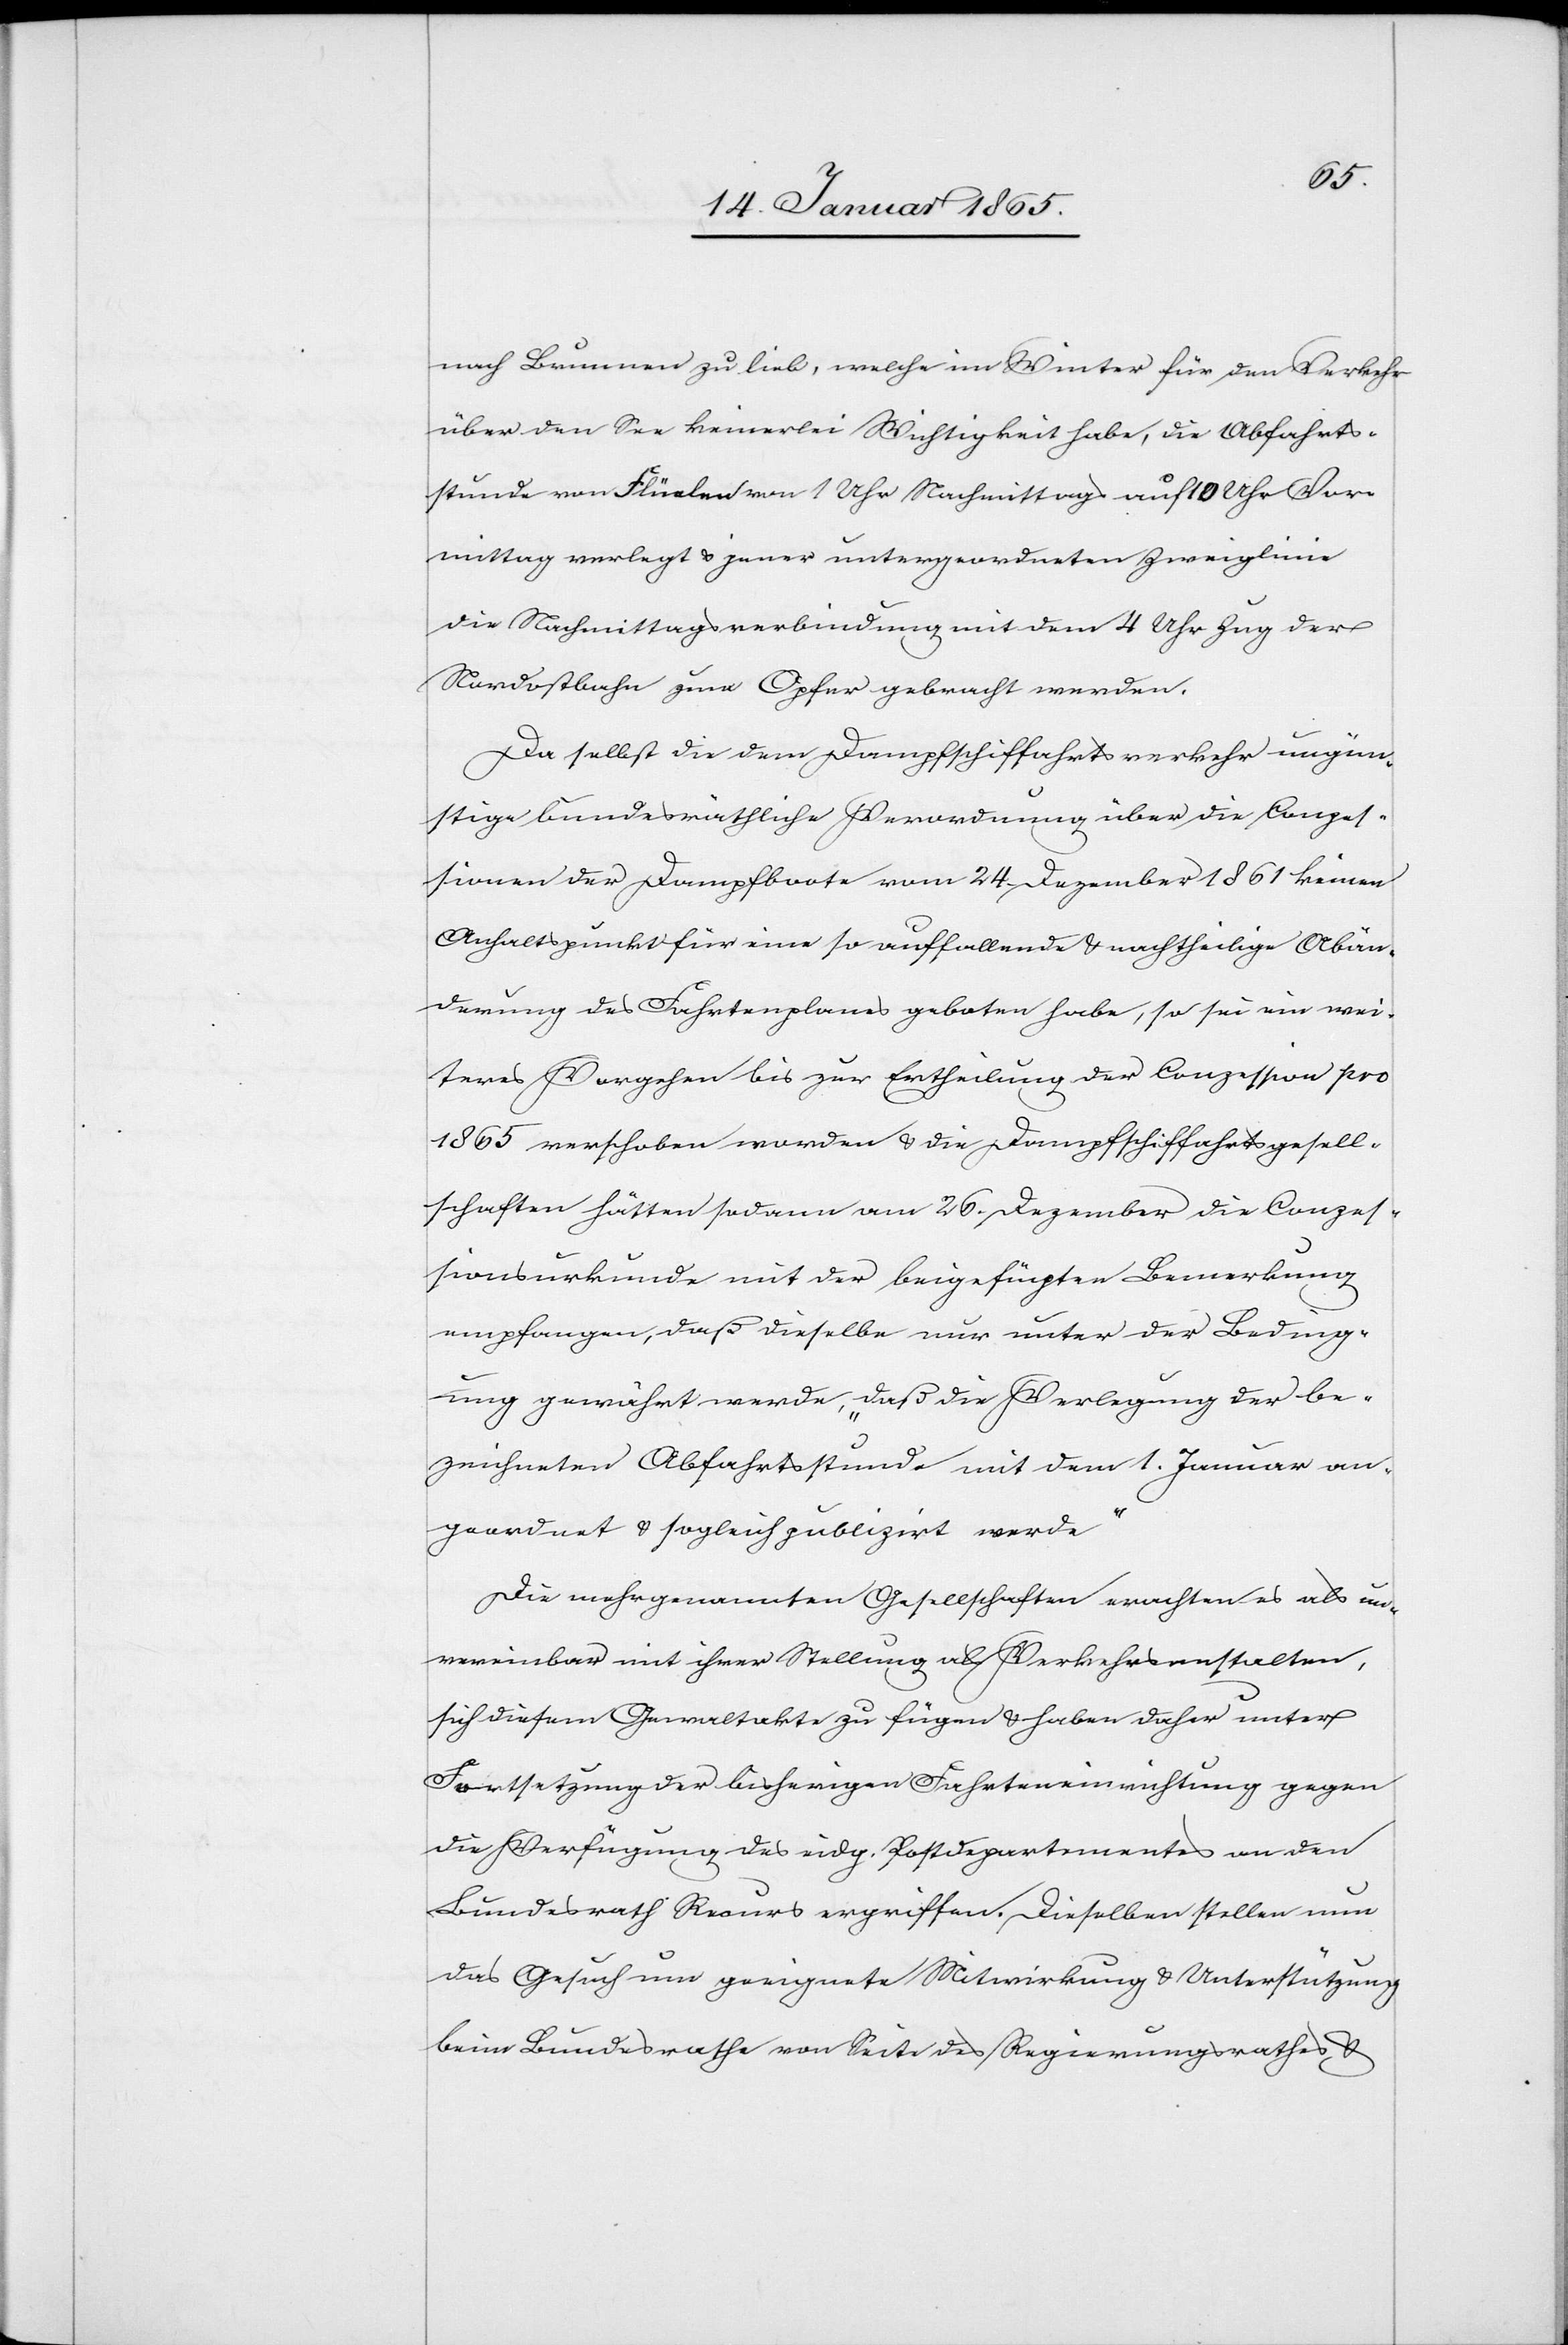
nach Brunnen zu lieb, welche im Winter für den Verkehr
über den See keinerlei Wichtigkeit habe, die Abfahrts¬
stunde von Flüelen von 1 Uhr Nachmittags auf 10 Uhr Vor¬
mittag verlegt u. jener untergeordneten Zweiglinie
die Nachmittagsverbindung mit dem 4 Uhr Zug der
Nordostbahn zum Opfer gebracht werden.
Da selbst die dem Dampfschiffahrtsverkehr ungün¬
stige bundesräthliche Verordnung über die Conzes¬
sionen der Dampfboote vom 24. Dezember 1861 keinen
Anhaltspunkt für eine auffallende u. nachtheilige Abän¬
derung des Fahrtenplanes geboten habe, so sei ein wei¬
teres Vorgehen bis zur Ertheilung der Conzession pro
1865 verschoben worden u. die Dampfschiffahrtsgesell¬
schafften hätten sodann am 26. Dezember die Conzes¬
sionsurkunde mit der beigefügten Bemerkung
empfangen, „daß dieselbe nur unter der Beding¬
ung gewährt werde, daß die Verlegung der be¬
zeichneten Abfahrtsstunde mit dem 1. Januar an¬
geordnet u. sogleich publizirt werde.“
Die mehrgenannten Gesellschaften erachten es als un¬
vereinbar mit ihrer Stellung als Verkehrsanstalten,
sich diesem Gewaltakte zu fügen u. haben daher unter
Fortsetzung der bisherigen Fahrteneinrichtung gegen
die Verfügung des eidg. Postdepartementes an den
Bundesrath Recurs ergriffen. Dieselben stellen nun
das Gesuch um geeignete Mitwirkung u. Unterstützung
beim Bundesrathe von Seite des Regierungsrathes u.